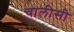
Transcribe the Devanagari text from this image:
चालीसी